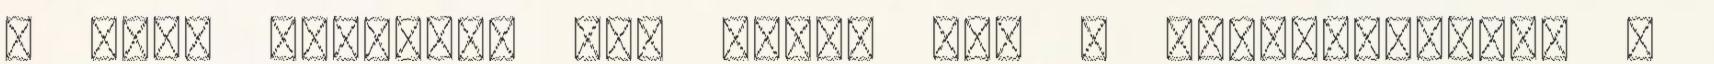
a volt hitelező nem teszi meg a nyilatkozatot a